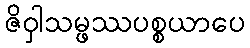
ဇိဝှါသမ္ဖဿပစ္စယာပေ